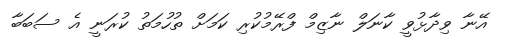
އޭނާ ވިދާޅުވީ ކާނަލް ނާޒިމް ފްރޭމުކުރި ކަމަށް ތުހުމަތު ކުރަނީ އެ ސަބަބާ